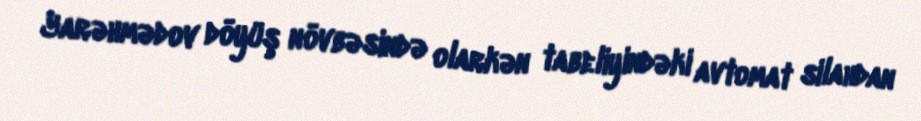
Yarəhmədov döyüş növbəsində olarkən tabeliyindəki avtomat silahdan